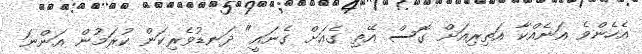
އެހެންވެ އަނެއްކާ އަތިރިއަށް ގޮސް އޭތި ގެއަށް ގެނައީ" ދަނޑުވެރިކަން ކުރަމުން އަންނަ